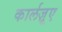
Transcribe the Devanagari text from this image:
कार्लज़ूए